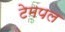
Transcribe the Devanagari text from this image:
टेमपल